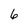
Character: 6